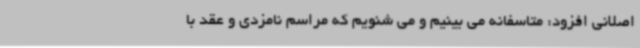
اصلانی افزود: متاسفانه می بینیم و می شنویم که مراسم نامزدی و عقد با